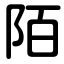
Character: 陌